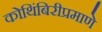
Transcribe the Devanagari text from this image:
कोथिंबिरीप्रमाणे